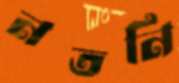
নতনি